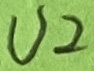
Text: U2